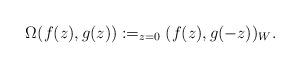
LaTeX: \begin{align*}\Omega(f(z),g(z)):=_{z=0}(f(z),g(-z))_W. \end{align*}